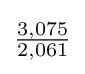
{\tfrac {3,075}{2,061}}